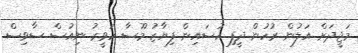
މަޖީދަށް އަލުން ރުހުން ދީފި ހުސައިން ފިޔާޒު މޫސާ ހަވީރު ނިއުސް ސާވިސް